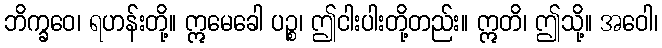
ဘိက္ခဝေ၊ ရဟန်းတို့။ ဣမေခေါ ပဉ္စ၊ ဤငါးပါးတို့တည်း။ ဣတိ၊ ဤသို့။ အဝေါ၊